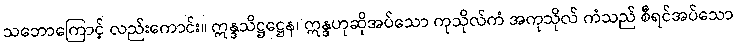
သဘောကြောင့် လည်းကောင်း။ ဣန္ဒသိဋ္ဌဋ္ဌေန၊ ဣန္ဒဟုဆိုအပ်သော ကုသိုလ်ကံ အကုသိုလ် ကံသည် စီရင်အပ်သော